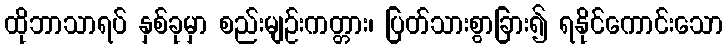
ထိုဘာသာရပ် နှစ်ခုမှာ စည်းမျဉ်းကတ္တား၊ ပြတ်သားစွာခြား၍ ရနိုင်ကောင်းသော